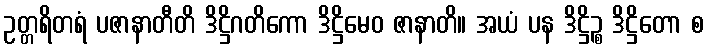
ဥတ္တရိတရံ ပဇာနာတီတိ ဒိဋ္ဌိဂတိကော ဒိဋ္ဌိမေဝ ဇာနာတိ။ အယံ ပန ဒိဋ္ဌိဉ္စ ဒိဋ္ဌိတော စ